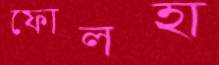
ফোলহা